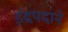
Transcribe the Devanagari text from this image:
इंद्रपदाने